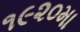
૧૯૨૦મા